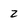
Character: 2